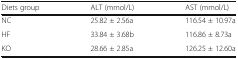
<table><thead><tr><td><b>Diets group</b></td><td><b>ALT (mmol/L)</b></td><td><b>AST (mmol/L)</b></td></tr></thead><tbody><tr><td>NC</td><td>25.82 ± 2.56a</td><td>116.54 ± 10.97a</td></tr><tr><td>HF</td><td>33.84 ± 3.68b</td><td>116.86 ± 8.73a</td></tr><tr><td>KO</td><td>28.66 ± 2.85a</td><td>126.25 ± 12.60a</td></tr></tbody></table>